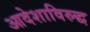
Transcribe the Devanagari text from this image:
आदेशाविरुद्ध